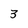
Character: 3